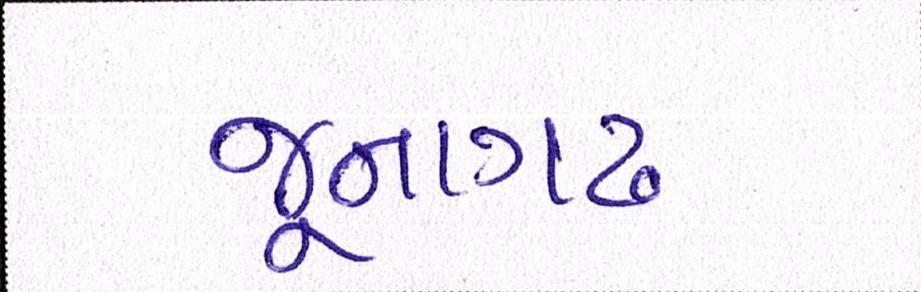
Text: જૂનાગઢ